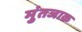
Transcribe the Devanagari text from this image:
मुंतजाक